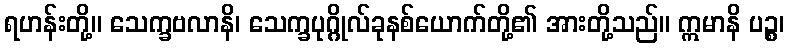
ရဟန်းတို့။ သေက္ခဗလာနိ၊ သေက္ခပုဂ္ဂိုလ်ခုနစ်ယောက်တို့၏ အားတို့သည်။ ဣမာနိ ပဉ္စ၊